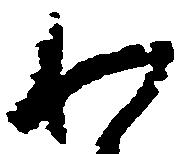
わ